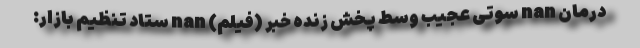
درمان nan سوتی عجیب وسط پخش زنده خبر (فیلم) nan ستاد تنظیم بازار: